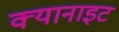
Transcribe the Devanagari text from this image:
क्यानाइट